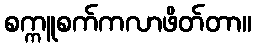
စက္ကူစက်ကလာဖိတ်တာ။